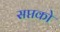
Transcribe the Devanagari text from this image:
सप्तको